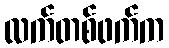
လက်တစ်ဖက်က